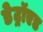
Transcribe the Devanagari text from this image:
डेट्रॉएड